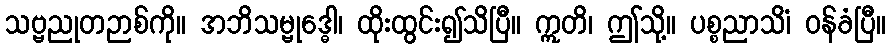
သဗ္ဗညုတဉာစ်ကို။ အဘိသမ္ဗုဒ္ဓေါ၊ ထိုးထွင်း၍သိပြီ။ ဣတိ၊ ဤသို့။ ပစ္စညာသိံ၊ ဝန်ခံပြီ။